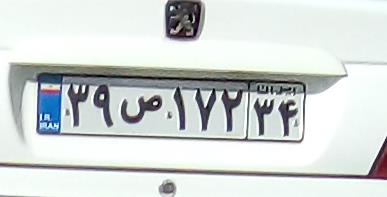
۲۹ص۱۷۲۳۴